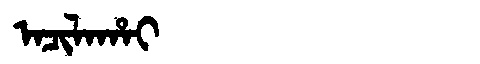
Manchu: ᠠᠴᡳᠯᠠᡥᠠᡳ
Romanization: ACILAHAI